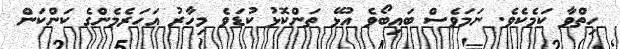
ހިތްވާ ކަމެކެވެ. ނަމަވެސް ބައިބޯވެ އުޅޭ ތަންކޮޅު ކުޑަވެ މިހާރު އަހަރެމެންގެ ކަންކަން